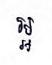
អ្អ